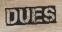
DUES